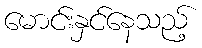
မောင်းနှင်နေသည့်